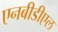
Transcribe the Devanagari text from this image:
एनबीडीएल